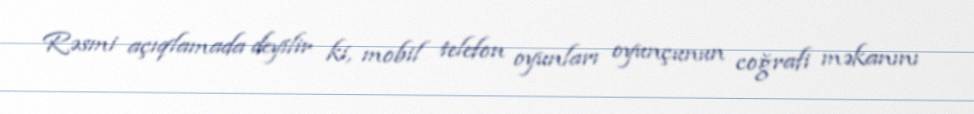
Rəsmi açıqlamada deyilir ki, mobil telefon oyunları oyunçunun coğrafi məkanını